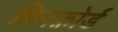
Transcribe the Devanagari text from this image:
विनफ़ोर्ड